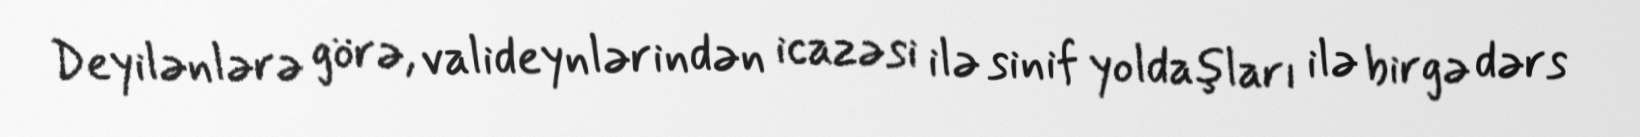
Deyilənlərə görə, valideynlərindən icazəsi ilə sinif yoldaşları ilə birgə dərs